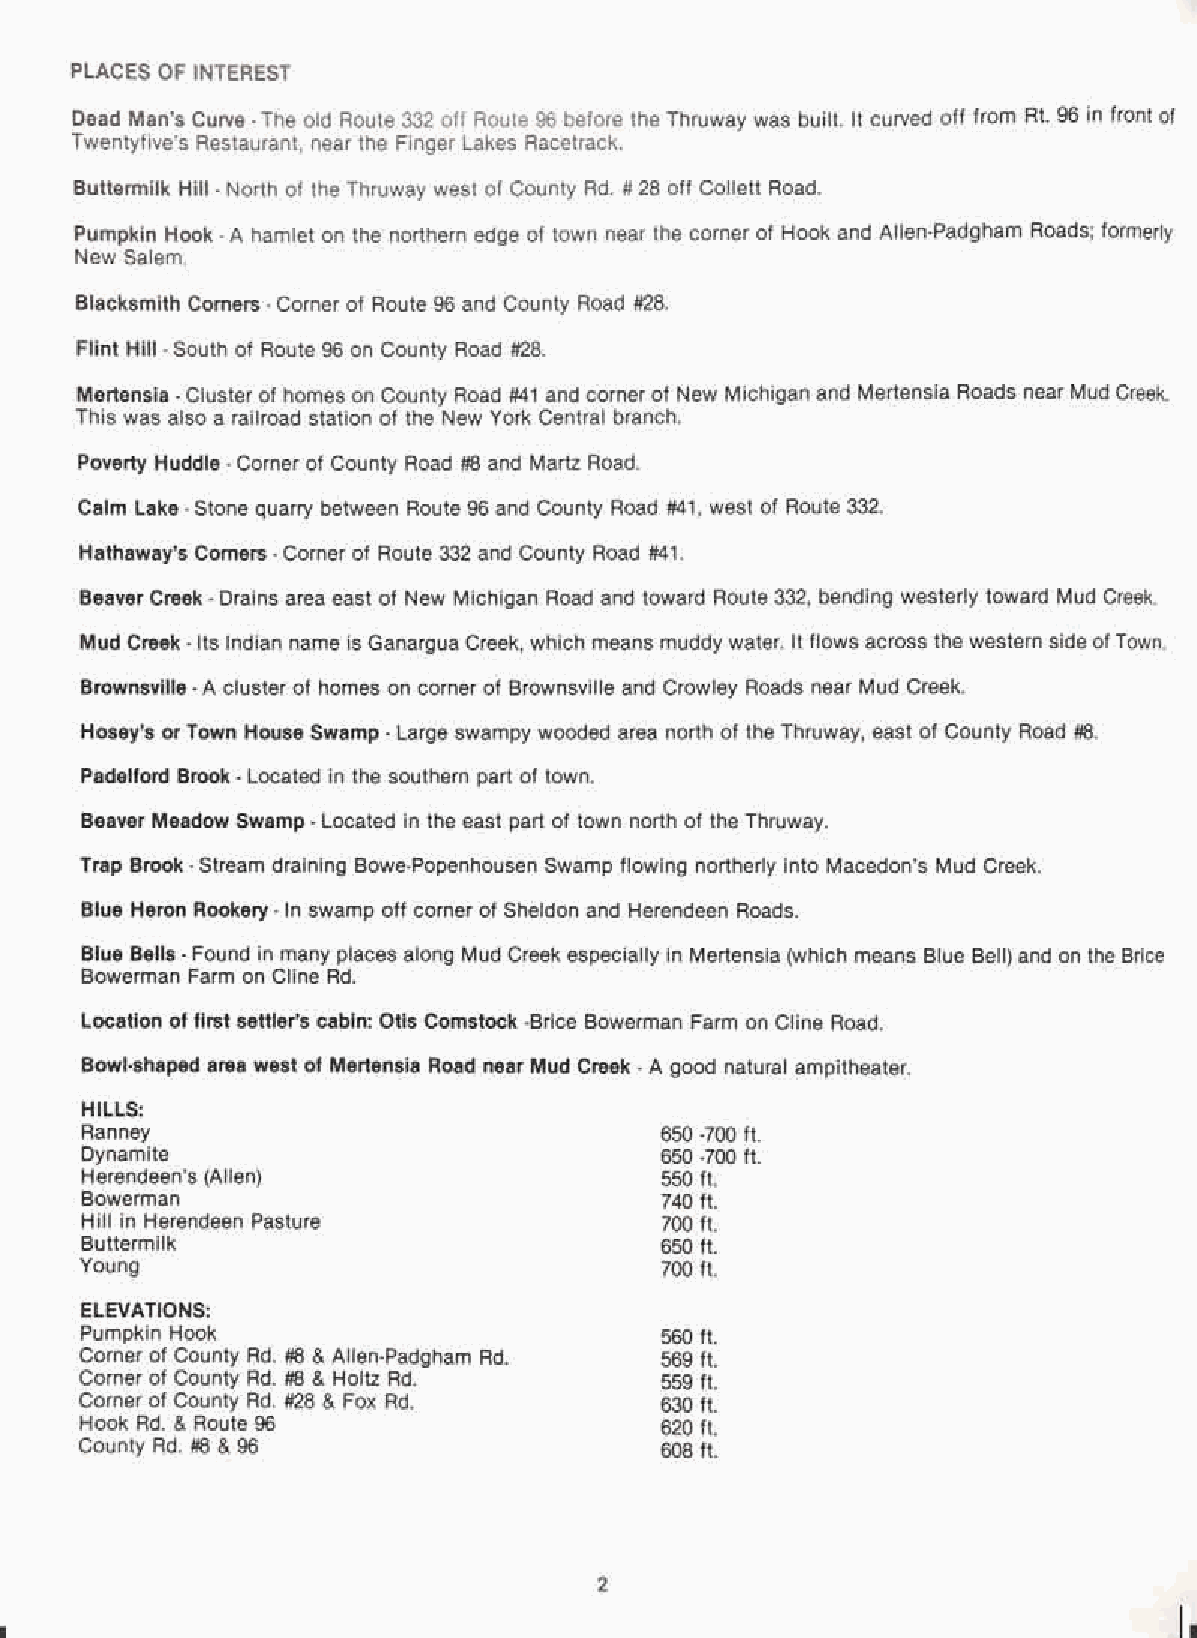
PLACES OF INTEREST
 Dead Man's Curve -The old Route 332 off Route 96 before the Thruway was built. It curved off from Rt. 96 in front of
 Twentyfive's Restaurant, near the Finger Lakes Racetrack.
 Buttermilk Hill - North of the Thruway west of County Rd. # 28 off Collett Road.
 Pumpkin Hook - A hamlet on the northern edge of town near the corner of Hook and Allen-Padgham Roads; formerly
 New Salem.
 Blacksmith Comers - Corner of Route 96 and County Road #28.
 Flint Hill - South of Route 96 on County Road #28.
 Mertensia - Cluster of homes on County Road #41 and corner of New Michigan and Mertensia Roads near Mud Creek.
 This was also a railroad station of the New York Central branch.
 Poverty Huddle - Corner of County Road #8 and Martz Road.
 Calm Lake - Stone quarry between Route 96 and County Road #41, west of Route 332.
 Hathaway's Comers - Corner of Route 332 and County Road #41.
 Beaver Creek - Drains area east of New Michigan Road and toward Route 332, bending westerly toward Mud Creek.
 Mud Creek- Its Indian name is Ganargua Creek, which means muddy water. It flows across the western side ofTown.
 Brownsville - A cluster of homes on corner of Brownsville and Crowley Roads near Mud Creek.
 Hosey's or Town House Swamp - Large swampy wooded area north of the Thruway, east of County Road #8.
 Padelford Brook - Located in the southern part of town.
 Beaver Meadow Swamp - Located in the east part of town north of the Thruway.
 Trap Brook - Stream draining Bowe-Popenhousen Swamp flowing northerly into Macedon's Mud Creek.
 Blue Heron Rookery - In swamp off corner of Sheldon and Herendeen Roads.
 Blue Be"s - Found in many places along Mud Creek especially in Mertensia (which means Blue Bell) and on the Brice
 Bowerman Farm on Cline Rd.
 Location of first settler's cabin: Otis Comstock -Brice Bowerman Farm on Cline Road.
 Bowl·shaped area west of Mertensia Road near Mud Creek - A good natural ampitheater.
 HILLS:
 Ranney                                 650 -700 ft.
 Dynamite                               650 -700 ft.
 Herendeen's (Allen)                    550 ft.
 Bowerman                               740 ft.
 Hill in Herendeen Pasture              700 ft.
 Buttermilk                             650 ft.
 Young                                  700 ft.
 ELEVATIONS:
 Pumpkin Hook                           560 ft.
 Corner of County Rd. #8 & Allen-Padgham Rd. 569 ft.
 Corner of County Rd. #8 & Holtz Rd.    559 ft.
 Corner of County Rd. #28 & Fox Rd.     630 ft.
 Hook Rd. & Route 96                    620 ft.
 County Rd. #8 & 96                     608 ft.
 2
 I